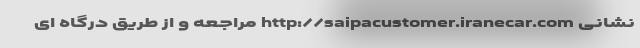
نشانی http://saipacustomer.iranecar.com مراجعه و از طریق درگاه ای